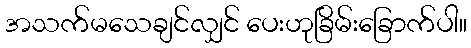
အသက်မသေချင်လျှင် ပေးဟုခြိမ်းခြောက်ပါ။